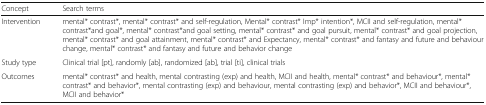
| Concept | Search terms |
 | --- | --- |
 | Intervention | mental* contrast*, mental* contrast* and self-regulation, Mental* contrast* Imp* intention*, MCII and self-regulation, mental* contrast*and goal*, mental* contrast*and goal setting, mental* contrast* and goal pursuit, mental* contrast* and goal projection, mental* contrast* and goal attainment, mental* contrast* and Expectancy, mental* contrast* and fantasy and future and behaviour change, mental* contrast* and fantasy and future and behavior change |
 | Study type | Clinical trial [pt], randomly [ab], randomized [ab], trial [ti], clinical trials |
 | Outcomes | mental* contrast* and health, mental contrasting (exp) and health, MCII and health, mental* contrast* and behaviour*, mental* contrast* and behavior*, mental contrasting (exp) and behaviour, mental contrasting (exp) and behavior*, MCII and behaviour*, MCII and behavior* |